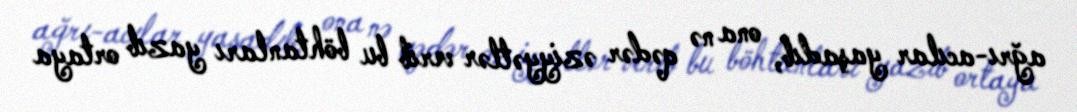
ağrı-acılar yaşadıb, ona nə qədər əziyyətlər verib bu böhtanları yazıb ortaya